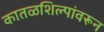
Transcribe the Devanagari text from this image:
कातळशिल्पांवरून